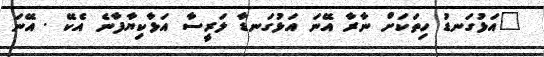
"އަޅުގަނޑު ހިތަކަށް ނާރާ އޭނަ އަޅުގަނޑާ ލަރީސާ އަޅާކިޔާފާނެ އެކޭ . އޭނަ